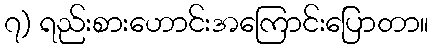
၇) ရည်းစားဟောင်းအကြောင်းပြောတာ။